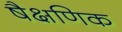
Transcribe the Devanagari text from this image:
षैक्षणिक